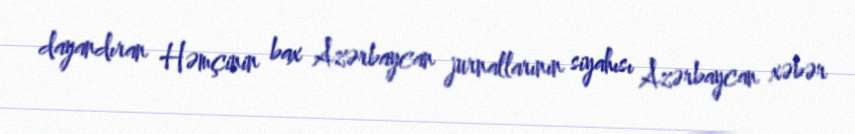
dayandıran Həmçinin bax Azərbaycan jurnallarının siyahısı Azərbaycan xəbər